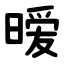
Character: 暧